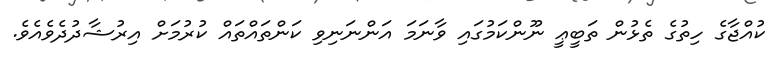
ކުއްޖާގެ ހިތުގެ ތެޅުން ތަބީޢީ ނޫންކަމުގައި ވާނަމަ އަންނަނިވި ކަންތައްތައް ކުރުމަށް އިރުޝާދުދެވެއެވެ.